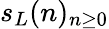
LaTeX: s_{L}(n)_{n\geq 0}